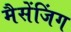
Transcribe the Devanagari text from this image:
मैसेंजिंग